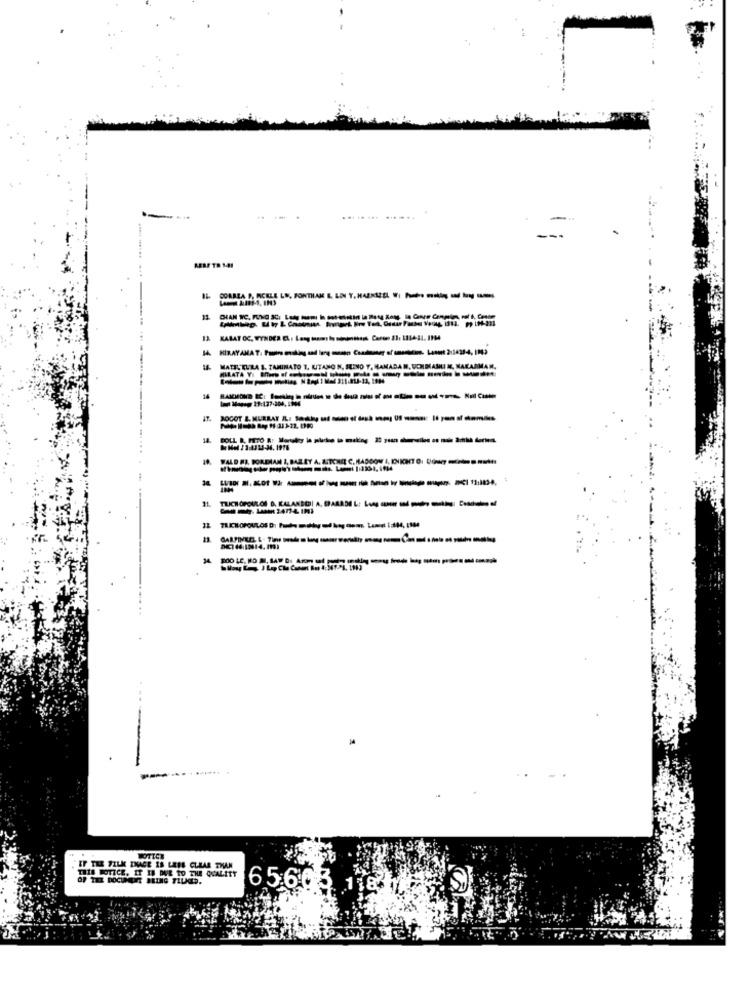
.. .. ...
CORREA P. RCELE LE, FONTHAN &. LN T.HANSEL --- - - -
MATELELIRA S. TAMINATO T, KUITANO N, SUINO Y, RAMADAN, UCHDIASILI M, NAKAJIMAM.
------------
MIRATA VI Bom of
14
Mouse 19:177-304. IN
- ---------------
-----------
THIS NOTICE. IT IS DUE TO THE QUALITY
OF THE DOCUMENT BRING TILMED.
6560